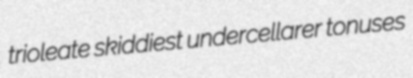
trioleate skiddiest undercellarer tonuses